Insane asylums in Bengal annual reports 1867-1875 - 1867-1875
Year: 1867
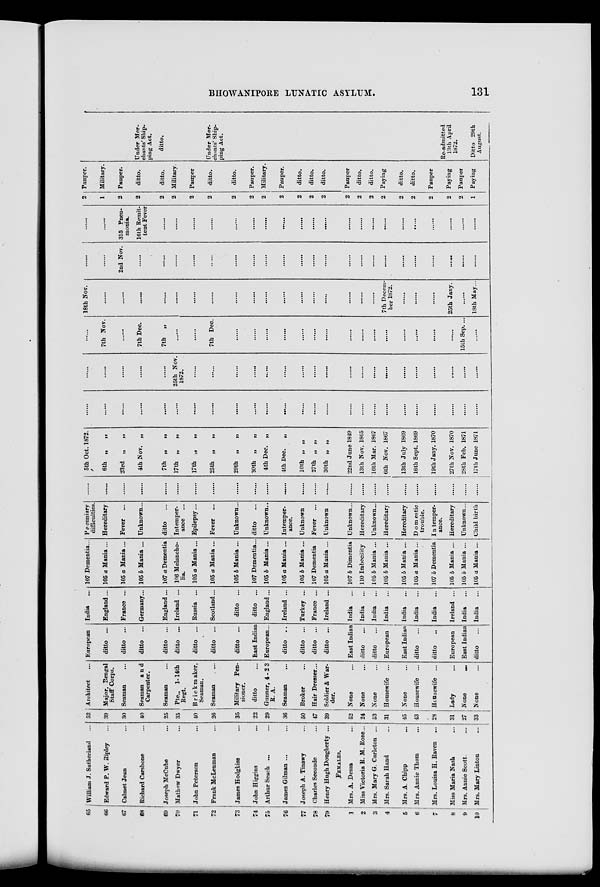
BHOWANIPORE LUNATIC ASYLUM.
131
65
66
67
68
69
70
71
72
73
74
75
76
77
78
79
1
2
3
4
5
6
7
8
9
10
William J. Sutherland ...
Edward P. W. Ripley ...
Calmet Jean ...
Richard Carshone ...
Joseph McCube ...
Mathew Dwyer ...
John Peterson ...
Frank McLeuman ...
James Hodgkiss ...
John Higgins ...
Arthur Seach ... ...
James Gilman ... ...
Joseph A. Tinawy ...
Charles Seconde ...
Henry Hugh Dougherty ...
FEMALES.
Mrs. A. Dessa ...
Miss Victoria R. M. Rose...
Mrs. Mary G. Carleton ...
Mrs. Sarah Hand ...
Mrs. A. Chipp ...
Mrs. Annie Thom ...
Mrs. Louisa H. Raven ...
Miss Maria Nash ...
Mrs. Annie Scott. ...
Mrs. Mary Linton ...
52
39
30
40
25
35
40
26
35
22
29
36
50
47
39
52
24
53
31
45
43
28
31
27
33
Architect
...
Major, Bengal
Staff Corps.
Seaman
Seaman and
Carpenter.
Seaman
Pte., 1- 14th
Regt.
Brickmaker,
Seaman.
Seaman
Military Pen-
sioner.
ditto ...
Gunner, 4-2 3
R. A.
Seaman
...
Broker ...
Hair Dresser...
Soldier & War-
der.
None ...
None ...
None ...
Housewife ...
None ...
Housewife ...
Housewife ...
Lady ...
None
...
None ...
European
ditto ...
ditto ...
ditto
ditto
ditto
ditto ...
ditto ...
ditto ...
East Indian
European...
ditto ...
ditto ...
ditto ...
ditto ...
East Indian
ditto ...
ditto ...
European
East Indian
ditto ...
ditto ...
European
East Indian
ditto ...
India ...
England...
France ...
Germany...
England ...
Ireland ...
Russia ...
Scotland...
ditto ...
ditto ...
England...
Ireland ...
Turkey ...
France ...
Ireland ...
India
...
India ...
India ...
India ...
India ...
India ...
India ...
Ireland ...
India ...
India ...
107 Dementia...
105 a Mania ...
105 a Mania ...
105 b Mania ...
107 a Dementia
106 Melancho-
lia.
105 a Mania ...
105 a Mania ...
105 b Mania ...
107 Dementia...
105 b Mania...
105 a Mania ...
105 b Mania ...
107 Dementia
105 a Mania ...
107 b Dimentia
110 Imbecility
105 b Mania ...
105 b Mania ...
105 b Mania ...
105 a Mania ...
107 b Dementia
105 h Mania ...
105 b Mania ...
105 a Mania ...
Pecuniary
difficulties.
Hereditary
Fever ...
Unknown...
ditto ...
Intemper-
ance ...
Epilepsy...
Fever ...
Unknown...
ditto ...
Unknown..
Intemper-
ance.
Unknown
Fever ...
Unknown
Unknown...
Hereditary
Unknown...
Hereditary
Hereditary
Domestic
trouble.
Intemper-
ance.
Hereditary
Unknown...
Child birth
......
......
......
......
......
......
......
......
......
......
......
......
......
......
......
......
......
......
......
......
......
......
......
......
......
5th Oct. 1872.
6th „
„
23rd „
„
4th Nov. „
7th „
„
17th „
„
17th „
„
25th „
„
29th „
„
30th „
„
4th Dec. „
4th Dec.
„
10th „ „
27th „ „
30th „ „
22nd June 1849
13th Nov. 1865
16th Mar. 1867
6th Nov. 1867
13th July 1869
16th Sept. 1869
19th Jany. 1870
27th Nov. 1870
28th Feb. 1871
17th June 1871
......
......
......
......
......
......
......
......
......
......
......
......
......
......
......
......
......
......
......
......
......
......
......
......
......
......
......
......
......
......
25th Nov.
1872.
......
......
......
......
......
......
......
......
......
......
......
......
......
......
......
......
......
......
......
7th Nov.
......
7th Dec.
7th
„
......
......
7th Dec.
......
......
......
......
......
......
......
......
......
......
......
......
......
......
......
15th Sep....
......
18th Nov.
......
......
......
......
......
......
......
......
......
......
......
......
......
......
......
......
......
7th Decem-
ber 1872.
......
......
......
25th Jany.
......
18th May...
......
......
2nd Nov.
......
......
......
......
......
......
......
......
......
......
......
......
......
......
......
......
......
......
......
......
......
......
......
......
315 Pneu-
monia.
16th Remit-
tent Fever
......
......
......
......
......
......
......
......
......
......
......
......
......
......
......
......
......
......
......
......
......
2
1
2
2
2
2
2
2
2
2
2
2
2
2
2
2
2
2
2
2
2
2
2
2
1
Pauper.
Military.
Pauper.
ditto.
ditto.
Military.
Pauper
ditto.
ditto.
Pauper.
Military.
Pauper.
ditto.
ditto.
ditto.
Pauper
ditto.
ditto.
Paying
ditto.
ditto.
Pauper
Paying
Pauper
Paying
Under Mer-
chants' Ship-
ping Act.
ditto.
Under Mer-
chants' Ship-
ping Act.
Re-admitted
13th April
1872.
Ditto 29th
August.